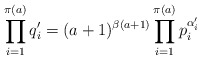
\begin{align*} \prod_{i = 1}^{\pi(a)} q_i' = (a + 1)^{\beta(a + 1)}\prod_{i = 1}^{\pi(a)}p_i^{\alpha_i'} \end{align*}